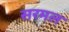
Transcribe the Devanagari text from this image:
सरमल